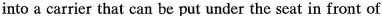
into a carrier that can be put under the seat in front of